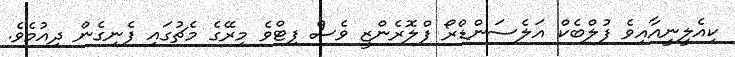
ކިއެލީނީއާއިވެ ފުލްބެކް އަލެސަންޑްރޯ ފްލޮރެންޒީ ވެސް ފިޓްވެ މިރޭގެ މެޗުގައި ފެނިގެން ދިއުމެވެ.